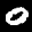
Label: 0